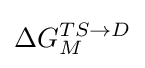
\Delta G_{M}^{TS\rightarrow D}